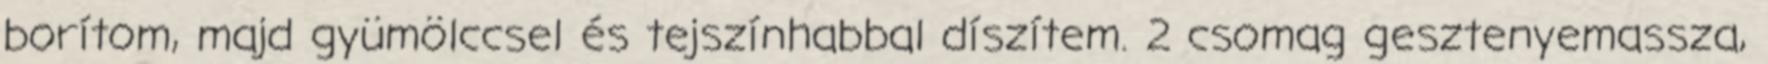
borítom, majd gyümölccsel és tejszínhabbal díszítem. 2 csomag gesztenyemassza,